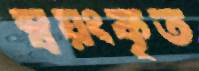
স্বয়ংকৃত